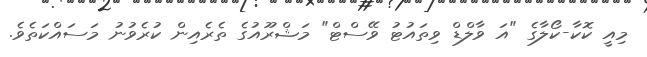
މިއީ ކޮކާ-ކޯލާގެ "އަ ވާލްޑް ވިތައުޓު ވޭސްޓް" މަޝްރޫއުގެ ތެރެއިން ކުރެވުނު މަސައްކަތެވެ.